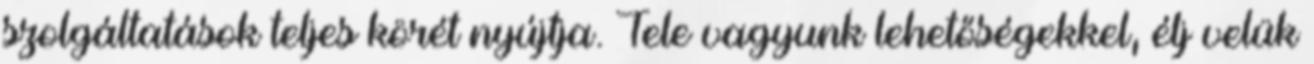
szolgáltatások teljes körét nyújtja. Tele vagyunk lehetőségekkel, élj velük